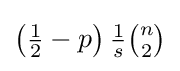
\left({\tfrac {1}{2}}-p\right){\tfrac {1}{s}}{\tbinom {n}{2}}